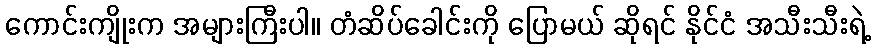
ကောင်းကျိုးက အများကြီးပါ။ တံဆိပ်ခေါင်းကို ပြောမယ် ဆိုရင် နိုင်ငံ အသီးသီးရဲ့